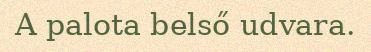
A palota belső udvara.